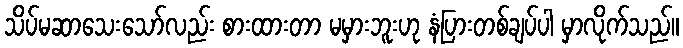
သိပ်မဆာသေးသော်လည်း စားထားတာ မမှားဘူးဟု နံပြားတစ်ချပ်ပါ မှာလိုက်သည်။